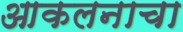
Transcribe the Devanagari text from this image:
आकलनाचा